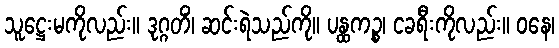
သူဋ္ဌေးမကိုလည်း။ ဒုဂ္ဂတိံ၊ ဆင်းရဲသည်ကို။ ပန္ထကဉ္စ၊ ငခရီးကိုလည်း။ ဝနေ၊